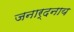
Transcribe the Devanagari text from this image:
जनार्दनाय